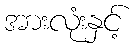
အားလုံးနှင့်